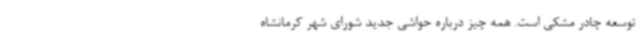
توسعه چادر مشکی است. همه چیز درباره حواشی جدید شورای شهر کرمانشاه